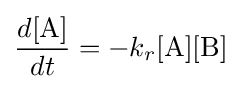
{\frac {d[{\ce {A}}]}{dt}}=-k_{r}{\ce {[A][B]}}